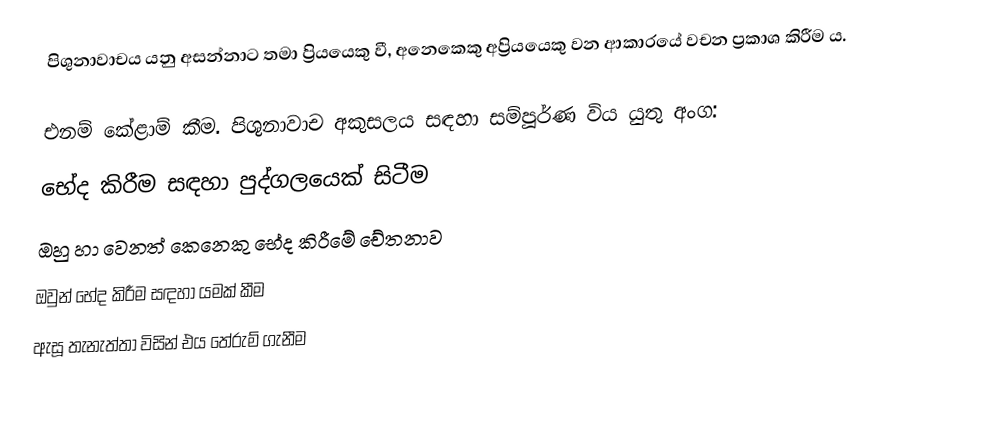
පිශුනාවාචය යනු අසන්නාට තමා ප්‍රියයෙකු වී, අනෙකෙකු අප්‍රියයෙකු වන ආකාරයේ වචන ප්‍රකාශ කිරීම ය. 

එනම් කේළාම් කීම. පිශුනාවාච අකුසලය සඳහා සම්පූර්ණ විය යුතු අංග:
 භේද කිරීම සඳහා පුද්ගලයෙක් සිටීම
 ඔහු හා වෙනත් කෙනෙකු භේද කිරීමේ චේතනාව
 ඔවුන් භේද කිරීම සඳහා යමක් කීම
 ඇසූ තැනැත්තා විසින් එය තේරුම් ගැනීම